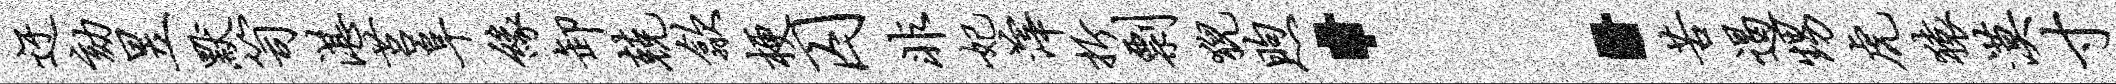
迂劾昱默笥湛莒阜缘卸兢歙梗囚非妃滓折剽猊煦：苦遏甥虎猿漠寸